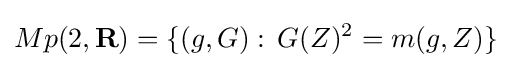
{Mp(2,\mathbf {R} )=\{(g,G):\,G(Z)^{2}=m(g,Z)\}}